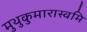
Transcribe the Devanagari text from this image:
मुथुकुमारास्वमि